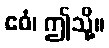
ဧဝံ၊ ဤသို့။